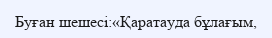
Буған шешесі:«Қаратауда бұлағым,